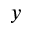
y